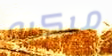
مركبه